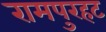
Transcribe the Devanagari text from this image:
रामपुरहट